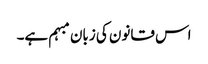
اس قانون کی زبان مبہم ہے۔